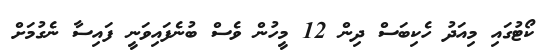
ކޯޓުގައި މިއަދު ހެކިބަސް ދިން 12 މީހުން ވެސް ބުނެފައިވަނީ ފައިސާ ނެގުމަށް